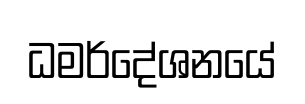
ධමර්දේශනයේ